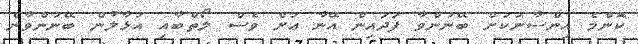
ކޮންމެ އިންސާނަކަށް ބޭނުންވާ ފަދައިން އޭނާ އަށް ވެސް ލޯތްބާއި އަޅާލުން ބޭނުންވާނެ